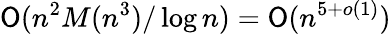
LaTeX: \mathsf{O}(n^{2}M(n^{3})/\log{n})=\mathsf{O}(n^{5+o(1)})